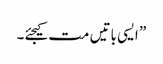
” ایسی باتیں مت کیجئے۔